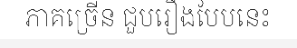
ភាគច្រើន ជួបរឿងបែបនេះ